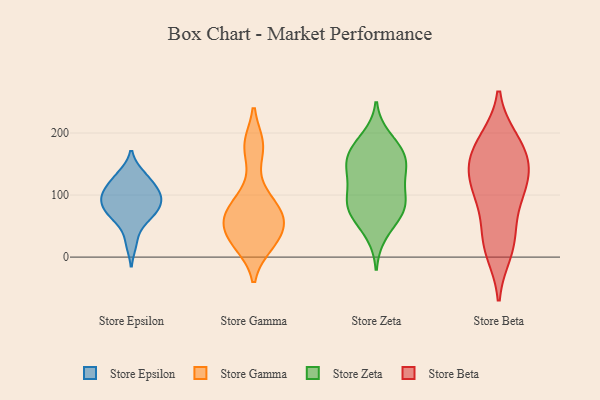
{"axis": {"x": "Churn Rate (%)", "y": "Value"}, "legend": ["Store Beta", "Store Epsilon", "Store Gamma", "Store Zeta"], "data": [{"x": "", "y": 82, "type": "Store Epsilon"}, {"x": "", "y": 95, "type": "Store Epsilon"}, {"x": "", "y": 108, "type": "Store Epsilon"}, {"x": "", "y": 99, "type": "Store Epsilon"}, {"x": "", "y": 91, "type": "Store Epsilon"}, {"x": "", "y": 133, "type": "Store Epsilon"}, {"x": "", "y": 111, "type": "Store Epsilon"}, {"x": "", "y": 68, "type": "Store Epsilon"}, {"x": "", "y": 71, "type": "Store Epsilon"}, {"x": "", "y": 61, "type": "Store Epsilon"}, {"x": "", "y": 23, "type": "Store Epsilon"}, {"x": "", "y": 130, "type": "Store Epsilon"}, {"x": "", "y": 22, "type": "Store Gamma"}, {"x": "", "y": 180, "type": "Store Gamma"}, {"x": "", "y": 51, "type": "Store Gamma"}, {"x": "", "y": 179, "type": "Store Gamma"}, {"x": "", "y": 70, "type": "Store Gamma"}, {"x": "", "y": 104, "type": "Store Gamma"}, {"x": "", "y": 68, "type": "Store Gamma"}, {"x": "", "y": 30, "type": "Store Gamma"}, {"x": "", "y": 76, "type": "Store Gamma"}, {"x": "", "y": 20, "type": "Store Gamma"}, {"x": "", "y": 58, "type": "Store Gamma"}, {"x": "", "y": 99, "type": "Store Zeta"}, {"x": "", "y": 37, "type": "Store Zeta"}, {"x": "", "y": 163, "type": "Store Zeta"}, {"x": "", "y": 99, "type": "Store Zeta"}, {"x": "", "y": 192, "type": "Store Zeta"}, {"x": "", "y": 75, "type": "Store Zeta"}, {"x": "", "y": 77, "type": "Store Zeta"}, {"x": "", "y": 147, "type": "Store Zeta"}, {"x": "", "y": 175, "type": "Store Zeta"}, {"x": "", "y": 71, "type": "Store Zeta"}, {"x": "", "y": 171, "type": "Store Zeta"}, {"x": "", "y": 148, "type": "Store Zeta"}, {"x": "", "y": 76, "type": "Store Zeta"}, {"x": "", "y": 123, "type": "Store Zeta"}, {"x": "", "y": 138, "type": "Store Zeta"}, {"x": "", "y": 161, "type": "Store Beta"}, {"x": "", "y": 27, "type": "Store Beta"}, {"x": "", "y": 187, "type": "Store Beta"}, {"x": "", "y": 121, "type": "Store Beta"}, {"x": "", "y": 10, "type": "Store Beta"}, {"x": "", "y": 89, "type": "Store Beta"}, {"x": "", "y": 185, "type": "Store Beta"}, {"x": "", "y": 124, "type": "Store Beta"}, {"x": "", "y": 100, "type": "Store Beta"}, {"x": "", "y": 163, "type": "Store Beta"}, {"x": "", "y": 29, "type": "Store Beta"}, {"x": "", "y": 141, "type": "Store Beta"}]}